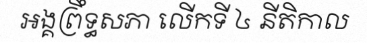
អង្គព្រឹទ្ធសភា លើកទី ៤ នីតិកាល